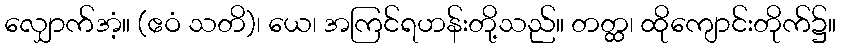
လျှောက်အံ့။ (ဧဝံ သတိ)၊ ယေ၊ အကြင်ရဟန်းတို့သည်။ တတ္ထ၊ ထိုကျောင်းတိုက်၌။